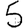
Digit: 5